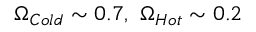
\Omega _ { C o l d } \sim 0 . 7 , \, \, \Omega _ { H o t } \sim 0 . 2